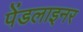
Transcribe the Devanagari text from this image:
पेंडलाइनर